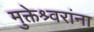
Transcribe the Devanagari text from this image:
मुक्तेश्र्वरांना